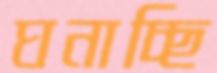
ঘনাচ্ছি